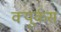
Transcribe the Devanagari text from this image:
क्यूर्कस